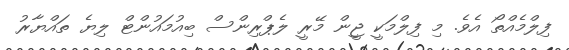
ފިލްމެއްތޯ އެވެ. މި ފިލްމަކީ ޖީން މޭރީ ލެޕްރިންސް ބިއުމައުންޓް ލިޔެ ތައްޔާރު